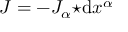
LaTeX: J = - J _ { \alpha } { \star } \mathrm { d } x ^ { \alpha }